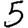
Digit: 5